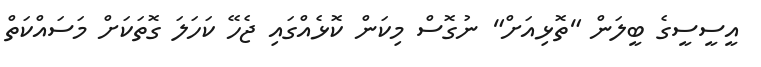
އީސީސީގެ ބީލަން "ތޮޅިއަށް" ނުގޮސް މިކަން ކޮޅެއްގައި ޖެހޭ ކަހަލަ ގޮތަކަށް މަސައްކަތް